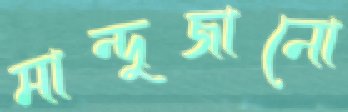
মান্দুজানো